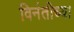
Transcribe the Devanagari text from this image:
विनंतीच्या